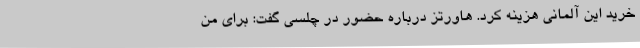
خرید این آلمانی هزینه کرد. هاورتز درباره حضور در چلسی گفت: برای من